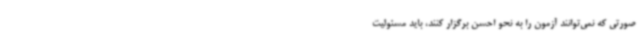
صورتی که نمی‌توانند آزمون را به نحو احسن برگزار کنند، باید مسئولیت